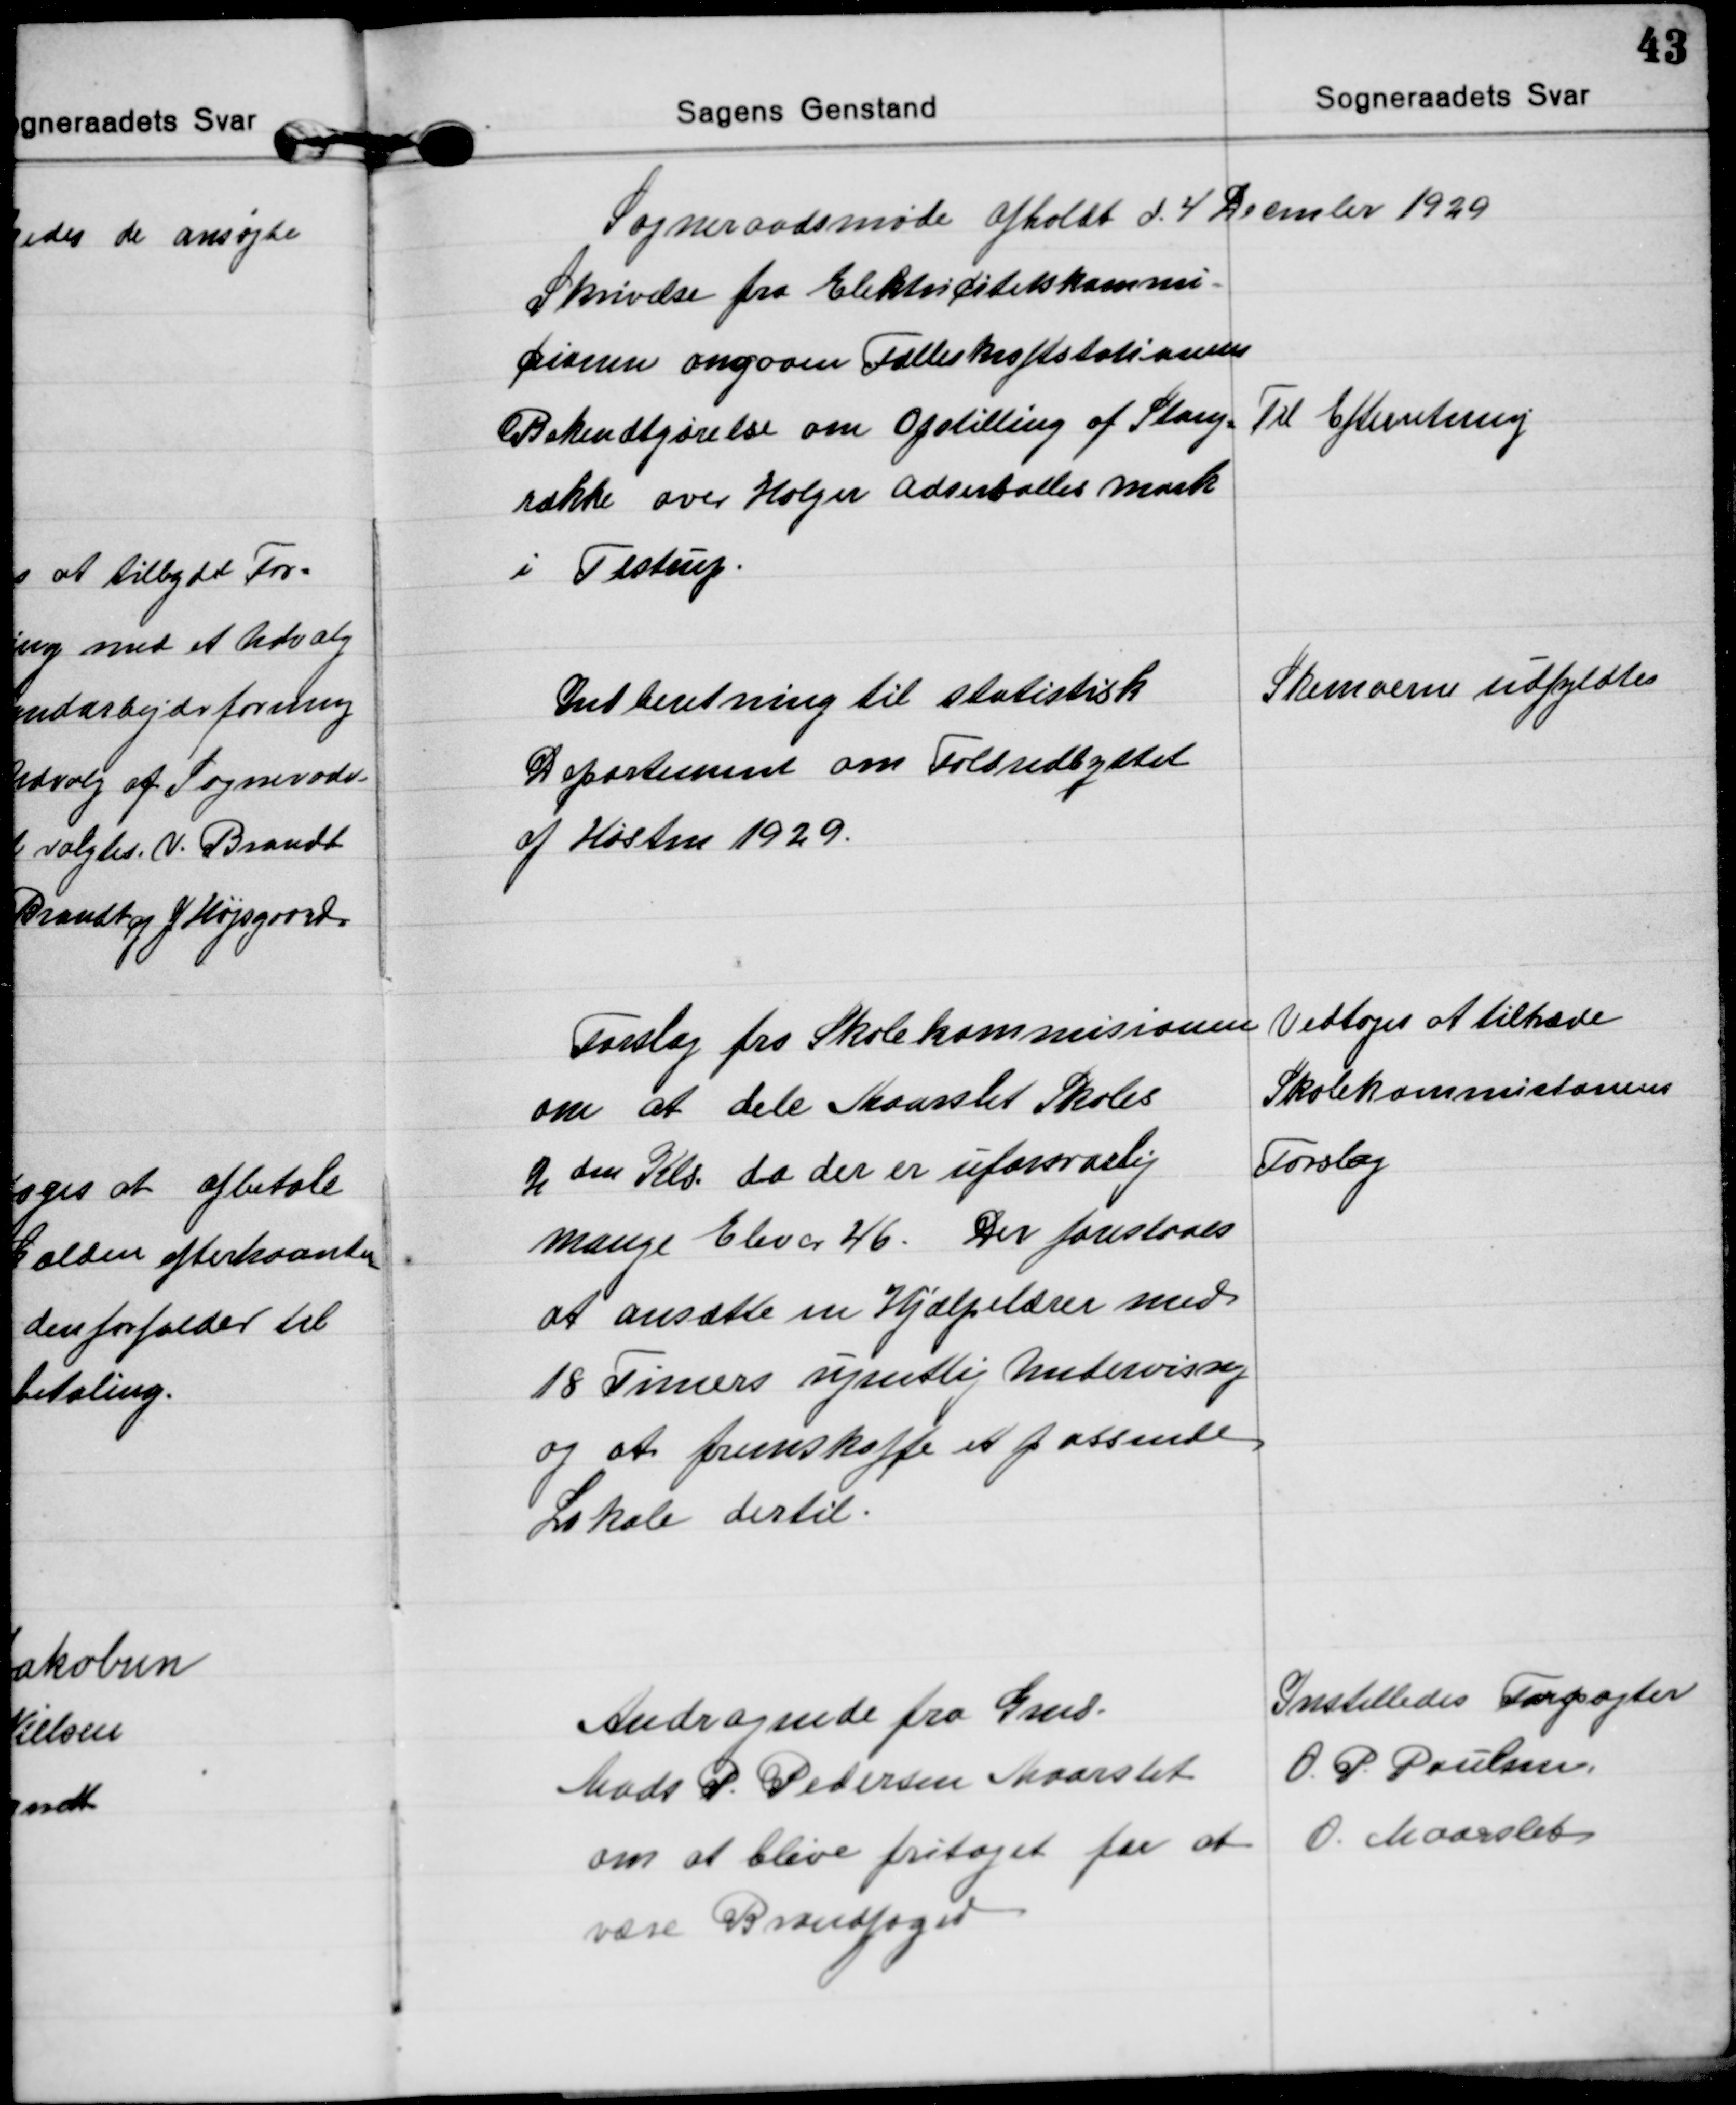
Transskription:
Sogneraadsmøde afholdt d. 4 Decmbr 1929

Skrivelse fra Elektricitetskommi=
cionen angaaen Fælleskraftstationens
Bekendtgørelse om Opstilling af Stang=
række over Holger Adserballes mark
i Testrup.
Til Efterretning

Indberetning til statistisk
Departement om Foldudbyttet
af Høsten 1929.
Skemaerne udfyldtes

Forslag fra Skolekommisionen
om at dele Maarslet Skoles
2den Kls. da der er uforsvarlig
mange Elever 46. Der foreslaaes
at ansætte en Hjælpelærer med
18 Timers ugentlig Undervisning
og at fremskaffe et passende
Lokale dertil.
Vedtoges at tiltræde
Skolekommissonens
Forslag

Andragende fra Gmd.
Mads P. Pedersen Maarslet
om at blive fritaget for at
være Brandfoged
Instilledes Forpagter
O. P. Poulsen.
O. Maarslet